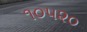
૧૦૫૨૦